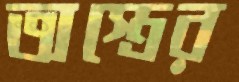
অস্ত্রের